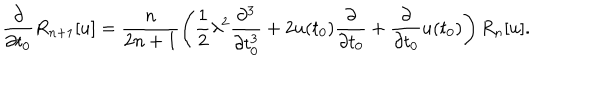
\frac { \partial } { \partial t _ { 0 } } R _ { n + 1 } [ u ] = \frac { n } { 2 n + 1 } \left( \frac { 1 } { 2 } \lambda ^ { 2 } \frac { \partial ^ { 3 } } { \partial t _ { 0 } ^ { 3 } } + 2 u ( t _ { 0 } ) \frac { \partial } { \partial t _ { 0 } } + \frac { \partial } { \partial t _ { 0 } } u ( t _ { 0 } ) \right) R _ { n } [ u ] .